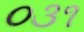
૦૩૧